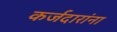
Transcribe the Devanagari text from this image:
कर्जदारांना